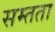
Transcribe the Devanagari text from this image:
सम्तता